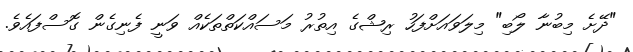
"ދޭށެ މިބުނާ ލޯބި" މިލަވައަށްފަހު ރިޝްގެ އިތުރު މަސައްކަތްތަކެއް ވަނީ ފެނިގެން ގޮސްފައެވެ.